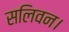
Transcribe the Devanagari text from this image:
सलिवन।